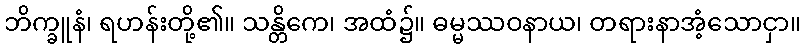
ဘိက္ခူနံ၊ ရဟန်းတို့၏။ သန္တိကေ၊ အထံ၌။ ဓမ္မဿဝနာယ၊ တရားနာအံ့သောငှာ။